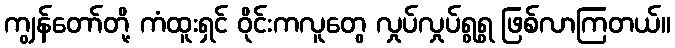
ကျွန်တော်တို့ ကံထူးရှင် ဝိုင်းကလူတွေ လှုပ်လှုပ်ရွရွ ဖြစ်လာကြတယ်။